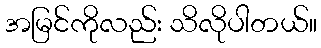
အမြင်ကိုလည်း သိလိုပါတယ်။